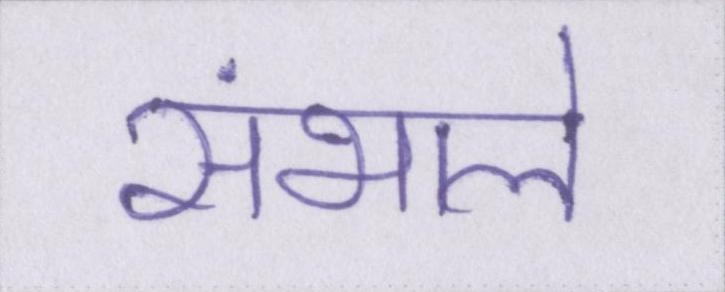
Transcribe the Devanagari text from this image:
संभाले